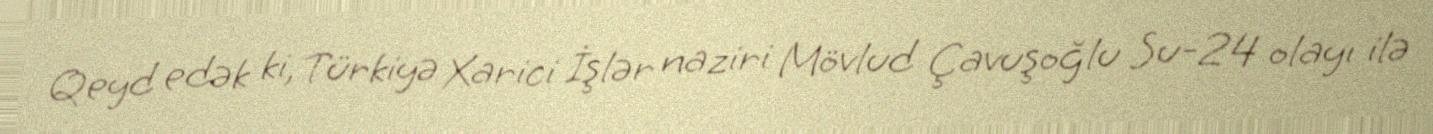
Qeyd edək ki, Türkiyə Xarici İşlər naziri Mövlud Çavuşoğlu Su-24 olayı ilə